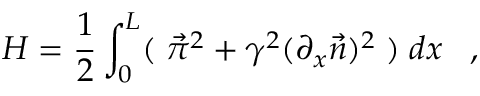
H = \frac { 1 } { 2 } \int _ { 0 } ^ { L } ( \; \vec { \pi } ^ { 2 } + { \gamma } ^ { 2 } ( \partial _ { x } \vec { n } ) ^ { 2 } \; ) \; d x \; \; \; ,